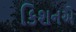
કિશનએ